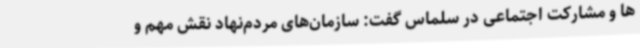
ها و مشارکت اجتماعی در سلماس گفت: سازمان‌های مردم‌نهاد نقش مهم و